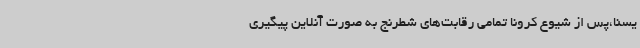
یسنا،پس از شیوع کرونا تمامی رقابت‌های شطرنج به صورت آنلاین پیگیری